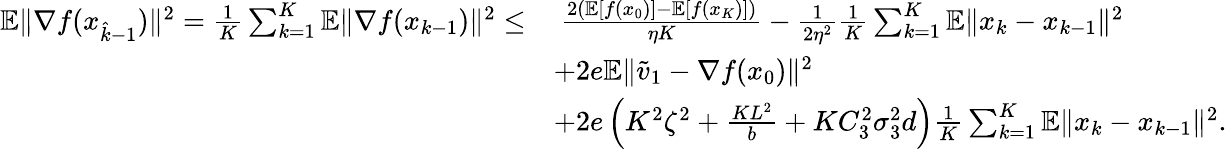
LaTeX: \begin{array}{rl}{\mathbb{E}\| \nabla f(x_{\hat{k}-1})\| ^{2}=\frac{1}{K}\sum_{k=1}^{K}\mathbb{E}\| \nabla f(x_{k-1})\| ^{2}\leq}&{\ \frac{2(\mathbb{E}[f(x_{0})]-\mathbb{E}[f(x_{K})])}{\eta K}-\frac{1}{2\eta^{2}}\frac{1}{K}\sum_{k=1}^{K}\mathbb{E}\| x_{k}-x_{k-1}\| ^{2}}\\ &{+2e\mathbb{E}\| \widetilde v_{1}-\nabla f(x_{0})\| ^{2}}\\ &{+2e\left(K^{2}\zeta^{2}+\frac{KL^{2}}{b}+KC_{3}^{2}\sigma_{3}^{2}d\right)\frac{1}{K}\sum_{k=1}^{K}\mathbb{E}\| x_{k}-x_{k-1}\| ^{2}.}\end{array}